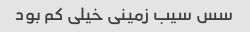
سس سیب زمینی خیلی کم بود